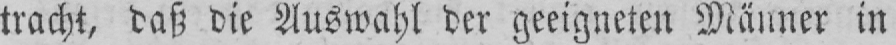
tracht, daß die Auswahl der geeigneten Männer in